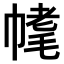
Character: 𣮳